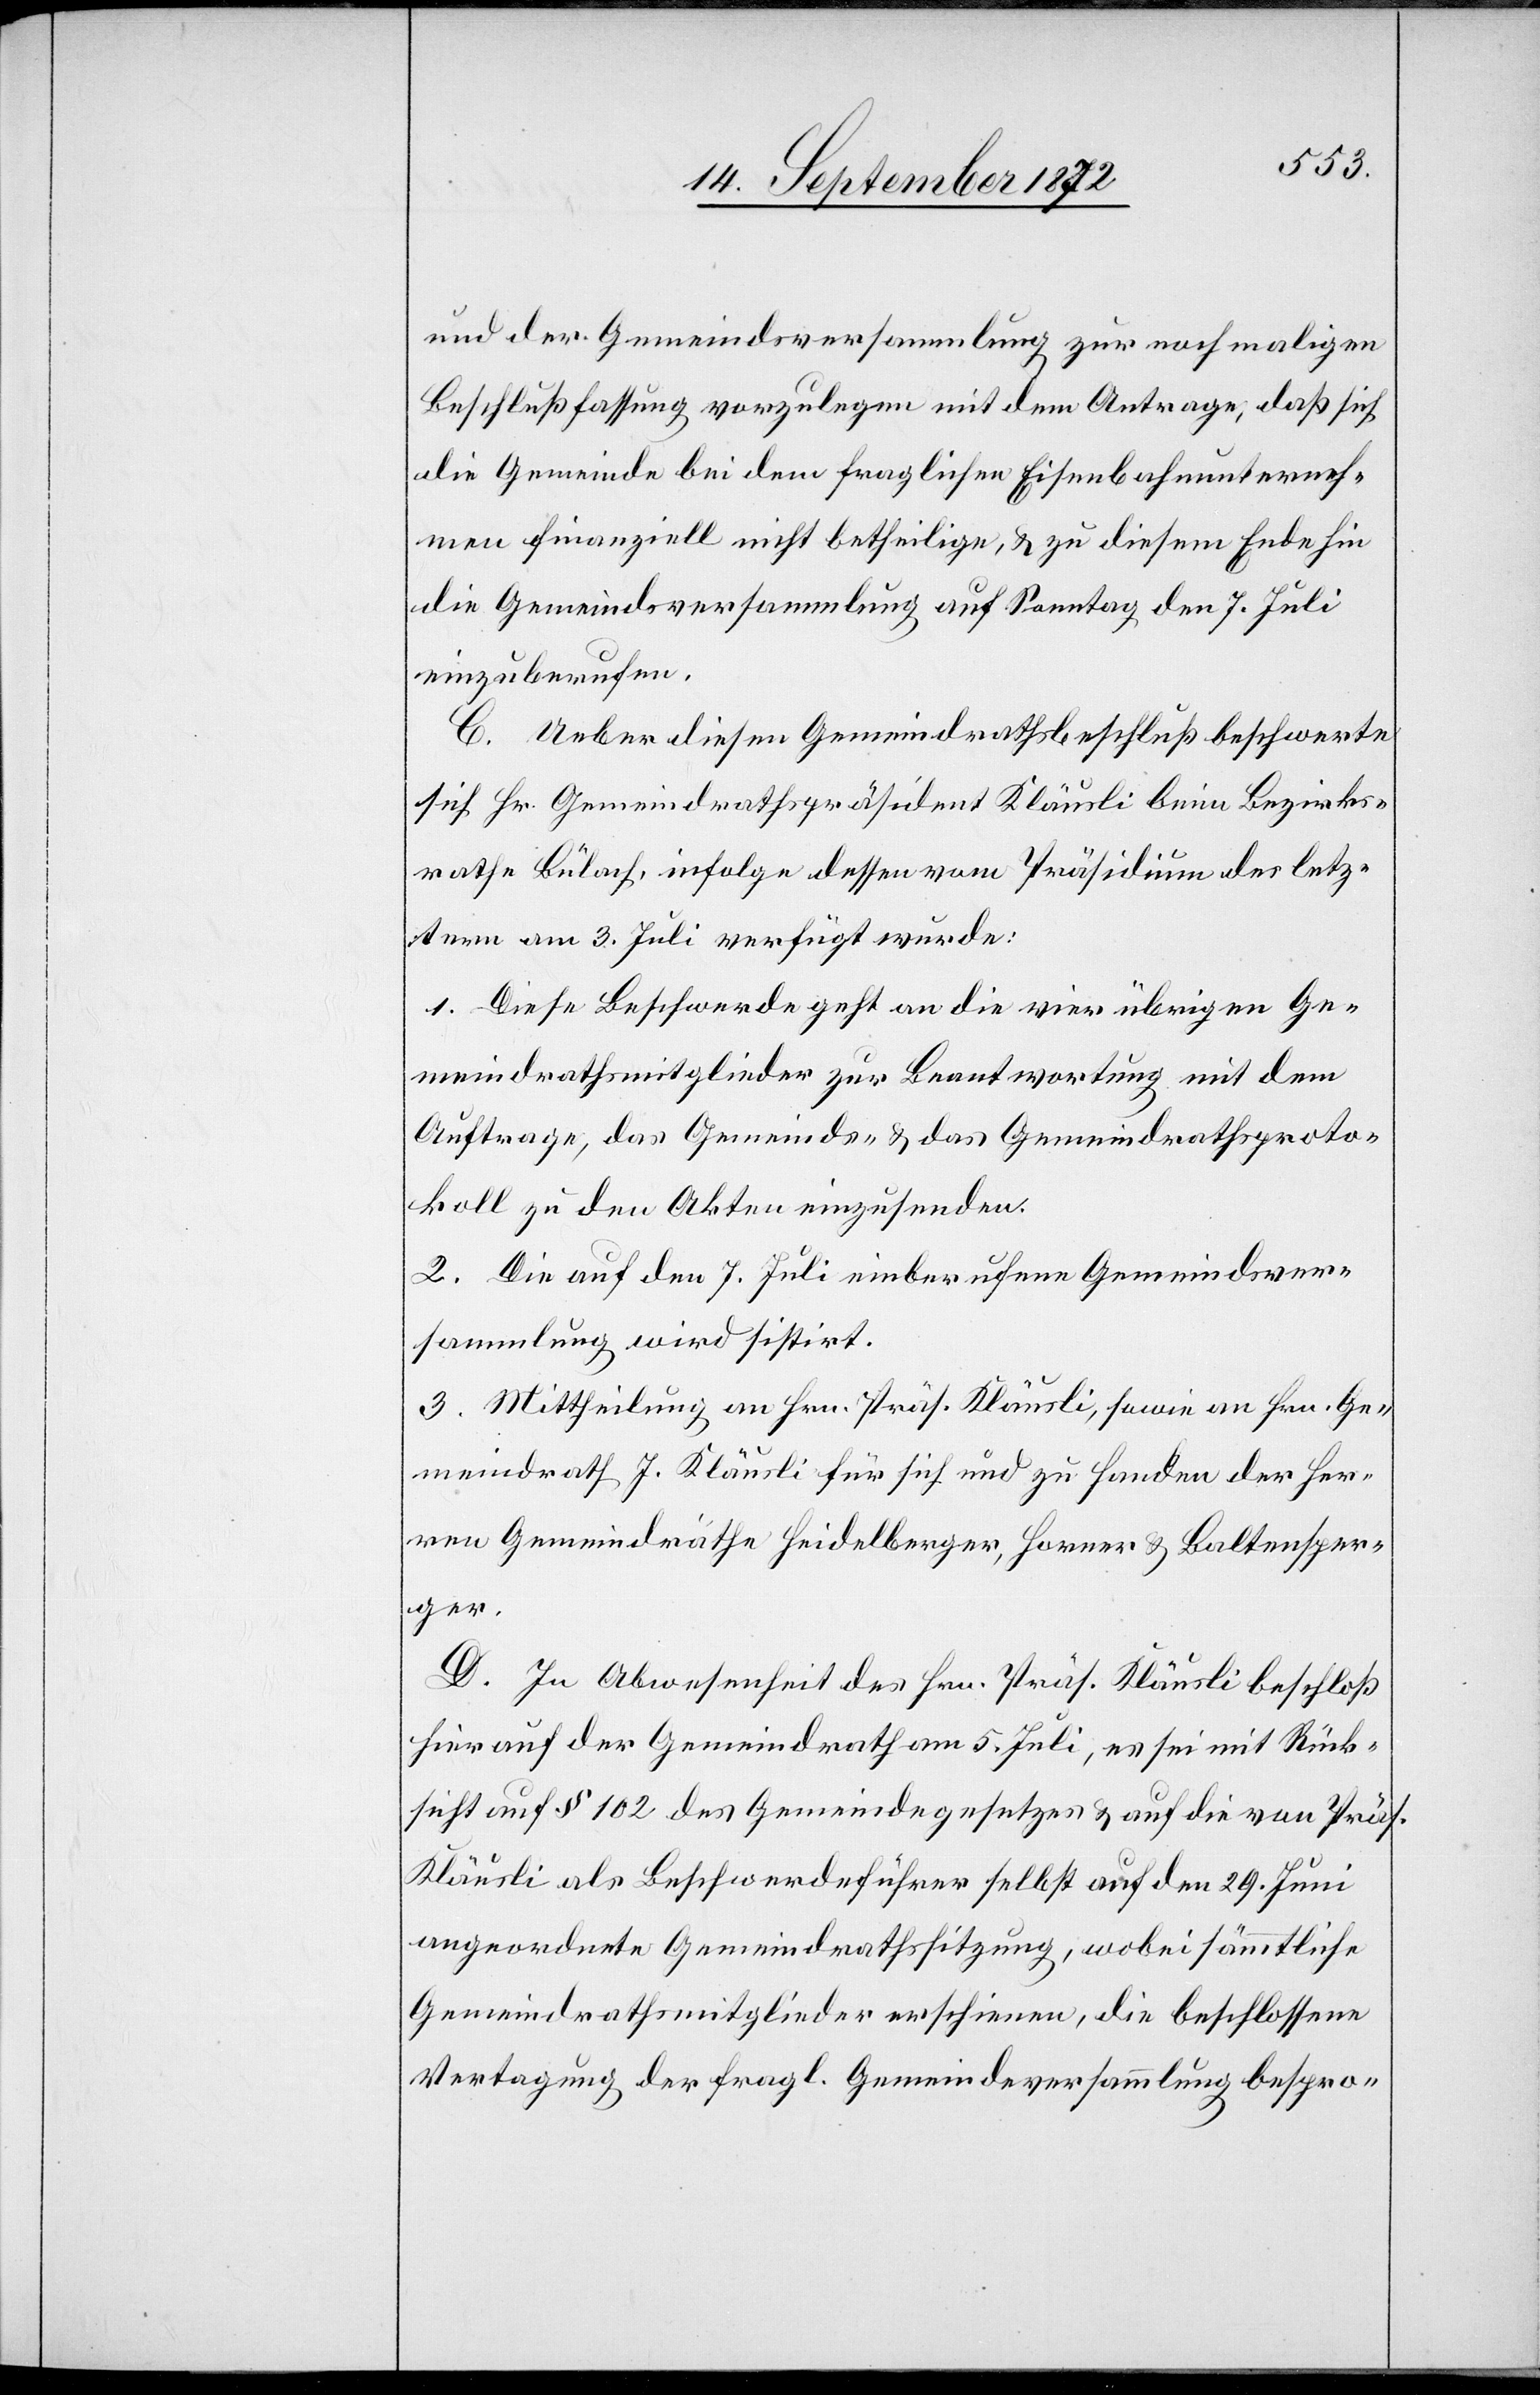
und der Gemeindsversammlung zur nochmaligen
Beschlußfassung vorzulegen mit dem Antrage, daß sich
die Gemeinde bei dem fraglichen Eisenbahnunterneh¬
men finanziell nicht betheilige, u. zu diesem Ende hin
die Gemeindsversammlung auf Sonntag den 7. Juli
einzuberufen.
C. Ueber diesen Gemeindrathsbeschluß beschwerte
sich Hr. Gemeindrathspräsident Kläusli beim Bezirks¬
rathe Bülach, infolge dessen vom Präsidium des letz¬
tern am 3. Juli verfügt wurde:
1. Diese Beschwerde geht an die vier übrigen Ge¬
meindrathsmitglieder zur Beantwortung mit dem
Auftrage, das Gemeinds- u. das Gemeindrathsproto¬
koll zu den Akten einzusenden.
2. Die auf den 7. Juli einberufene Gemeindsver¬
sammlung wird sistirt.
3. Mittheilung an Hrn. Präs. Kläusli, sowie an Hrn. Ge¬
meindrath J. Kläusli für sich und zu Handen der Her¬
ren Gemeindräthe Heidelberger, Horner u. Baltensper¬
ger.
D. In Abwesenheit des Hrn. Präs. Kläusli beschloß
hier auf der Gemeindrath am 5. Juli, es sei mit Rück¬
sicht auf § 102 des Gemeindegesetzes u. auf die von Präs.
Kläusli als Beschwerdeführer selbst auf den 29. Juni
angeordnete Gemeindrathssitzung, wobei sämmtliche
Gemeindrathsmitglieder erschienen, die beschlossene
Vertagung der fragl. Gemeindeversammlung bespro-